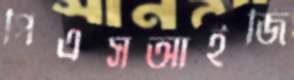
পিএসআইজি